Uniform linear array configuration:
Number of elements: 16
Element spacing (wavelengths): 0.25
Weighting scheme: blackman
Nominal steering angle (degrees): -30
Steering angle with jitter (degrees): -32.0
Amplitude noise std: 0.05
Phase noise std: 0.05

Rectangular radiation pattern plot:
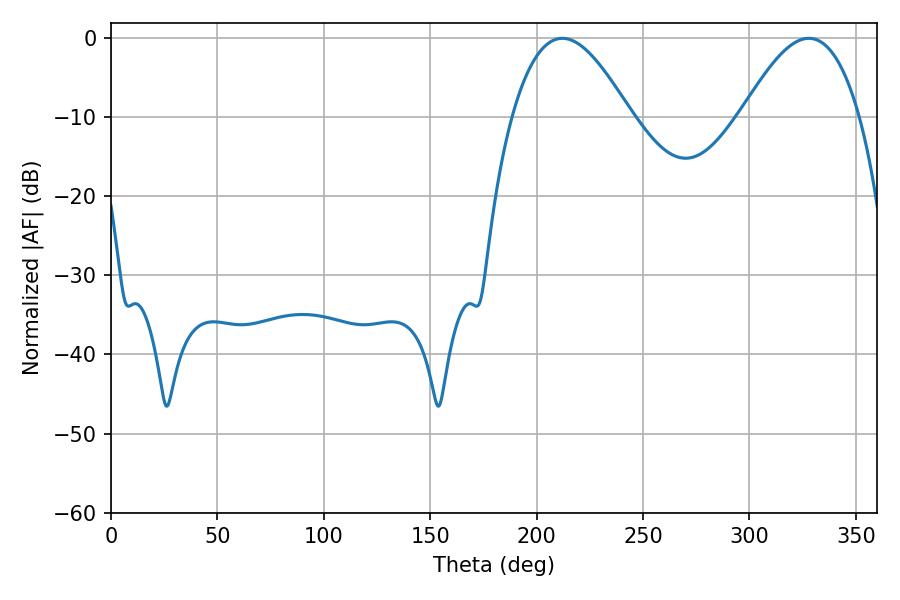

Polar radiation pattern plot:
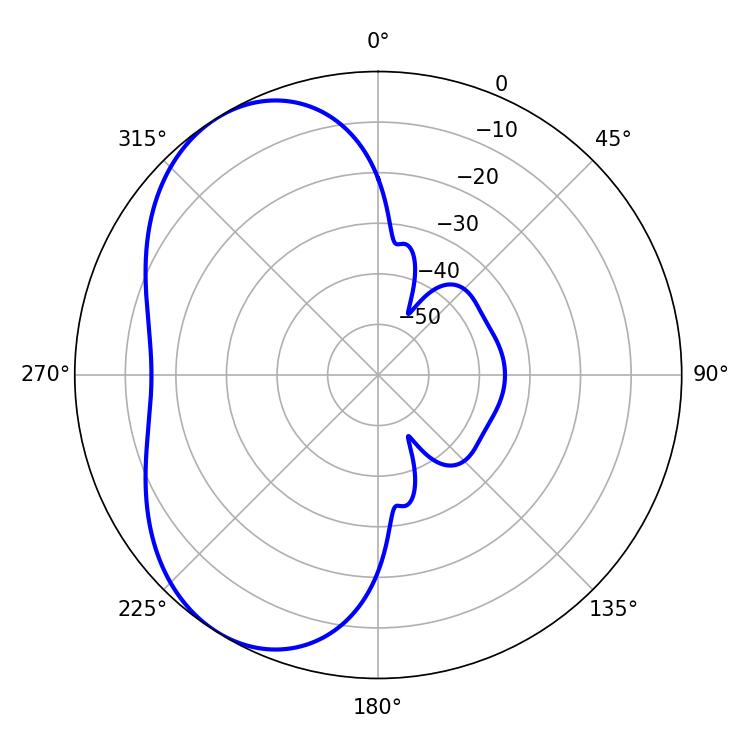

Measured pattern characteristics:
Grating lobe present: FALSE
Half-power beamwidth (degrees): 30.24
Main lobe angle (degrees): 212.04